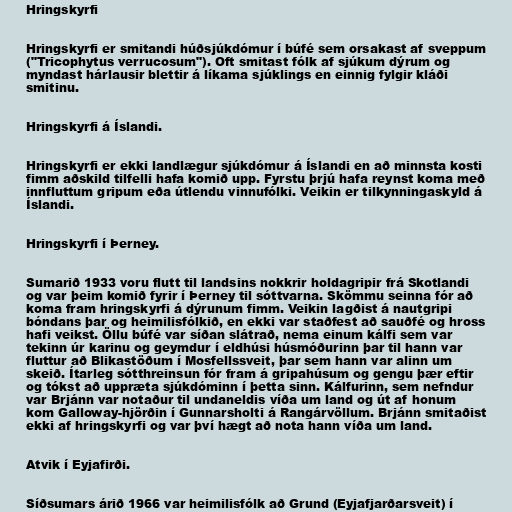
Hringskyrfi

Hringskyrfi er smitandi húðsjúkdómur í búfé sem orsakast af sveppum
("Tricophytus verrucosum"). Oft smitast fólk af sjúkum dýrum og
myndast hárlausir blettir á líkama sjúklings en einnig fylgir kláði
smitinu.

Hringskyrfi á Íslandi.

Hringskyrfi er ekki landlægur sjúkdómur á Íslandi en að minnsta kosti
fimm aðskild tilfelli hafa komið upp. Fyrstu þrjú hafa reynst koma með
innfluttum gripum eða útlendu vinnufólki. Veikin er tilkynningaskyld á
Íslandi.

Hringskyrfi í Þerney.

Sumarið 1933 voru flutt til landsins nokkrir holdagripir frá Skotlandi
og var þeim komið fyrir í Þerney til sóttvarna. Skömmu seinna fór að
koma fram hringskyrfi á dýrunum fimm. Veikin lagðist á nautgripi
bóndans þar og heimilisfólkið, en ekki var staðfest að sauðfé og hross
hafi veikst. Öllu búfé var síðan slátrað, nema einum kálfi sem var
tekinn úr karinu og geymdur í eldhúsi húsmóðurinn þar til hann var
fluttur að Blikastöðum í Mosfellssveit, þar sem hann var alinn um
skeið. Ítarleg sótthreinsun fór fram á gripahúsum og gengu þær eftir
og tókst að uppræta sjúkdóminn í þetta sinn. Kálfurinn, sem nefndur
var Brjánn var notaður til undaneldis víða um land og út af honum
kom Galloway-hjörðin í Gunnarsholti á Rangárvöllum. Brjánn smitaðist
ekki af hringskyrfi og var því hægt að nota hann víða um land.

Atvik í Eyjafirði.

Síðsumars árið 1966 var heimilisfólk að Grund (Eyjafjarðarsveit) í